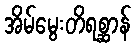
အိမ်မွေးတိရစ္ဆာန်